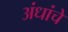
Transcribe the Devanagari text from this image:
अंधांचे